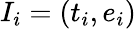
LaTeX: I_{i}=(t_{i},e_{i})